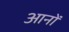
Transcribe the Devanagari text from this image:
आनों